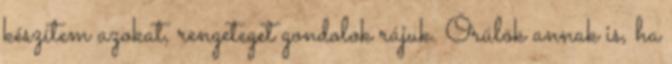
készítem azokat, rengeteget gondolok rájuk. Örülök annak is, ha